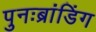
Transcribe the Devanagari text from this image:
पुनःब्रांडिंग